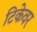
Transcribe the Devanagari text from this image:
टिकेवर